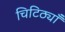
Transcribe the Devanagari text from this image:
चिटिठ्यॉँ